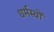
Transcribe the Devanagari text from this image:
धर्मस्वों